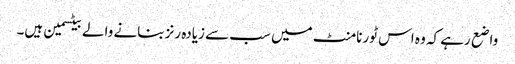
واضع رہے کہ وہ اس ٹورنامنٹ میں سب سے زیادہ رنز بنانے والے بیٹسمین ہیں۔